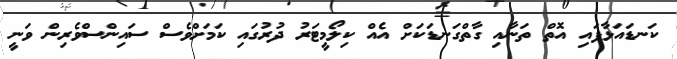
ކަނޑައަޅާފައި އޮތް ތަނާއި ގާތްގަނޑަކަށް އެއް ކިލޯމީޓަރު ދުރުގައި ކަމަށްވެސް ސައިންސްވެރިން ވަނީ